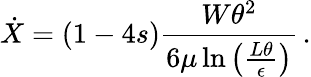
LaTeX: \dot{X}=(1-4s)\frac{W\theta^{2}}{6\mu\ln\left(\frac{L\theta}{\epsilon}\right)}\, .